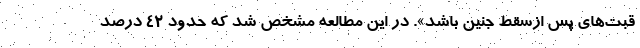
قبت‌های پس ازسقط جنین باشد». در این مطالعه مشخص شد که حدود ۴۲ درصد